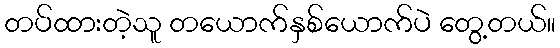
တပ်ထားတဲ့သူ တယောက်နှစ်ယောက်ပဲ တွေ့တယ်။